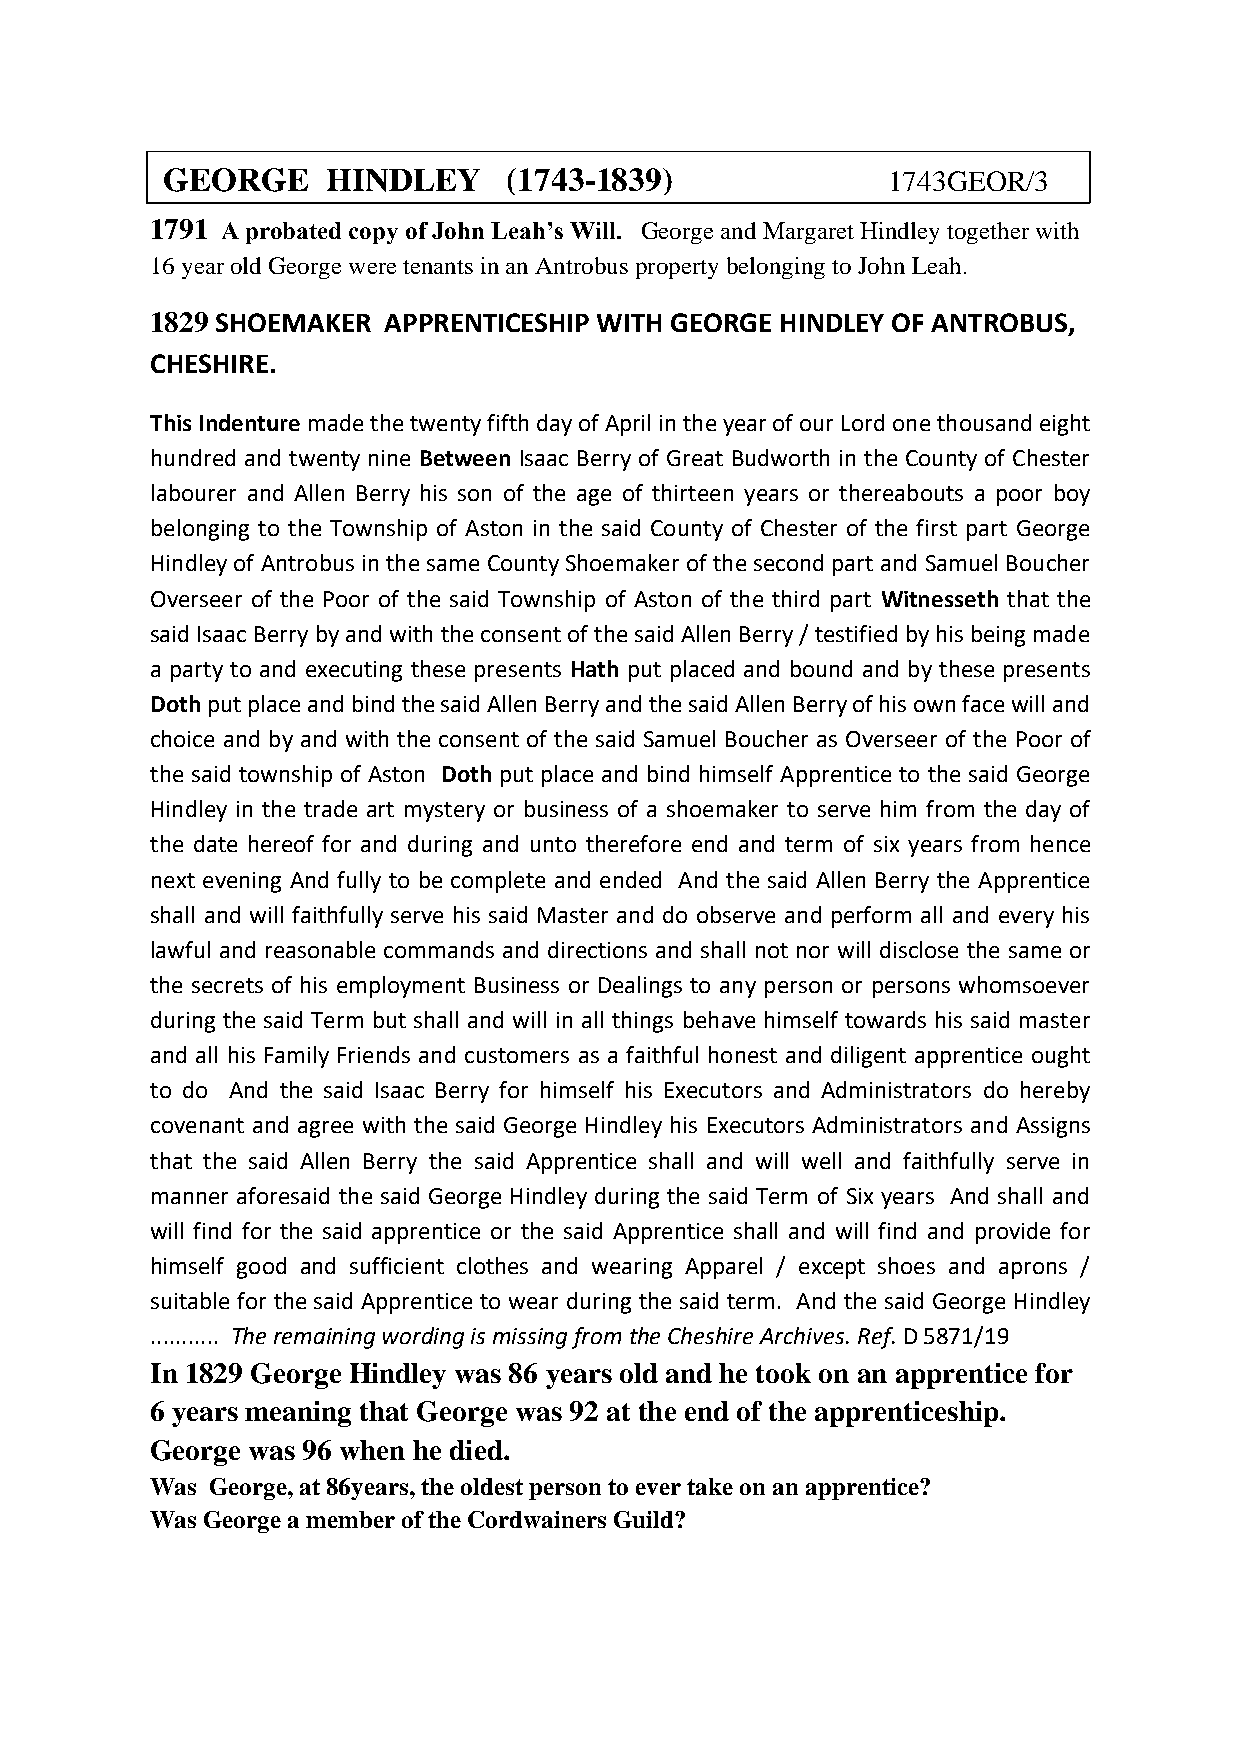
GEORGE     HINDLEY     (1743-1839)              1743GEOR/3
 1791 A probated copy of John Leah’s Will. George and Margaret Hindley together with
 16 year old George were tenants in an Antrobus property belonging to John Leah.
 1829 SHOEMAKER APPRENTICESHIP WITH GEORGE HINDLEY OF ANTROBUS,
 CHESHIRE.
 This Indenture made the twenty fifth day of April in the year of our Lord one thousand eight
 hundred and twenty nine Between Isaac Berry of Great Budworth in the County of Chester
 labourer and Allen Berry his son of the age of thirteen years or thereabouts a poor boy
 belonging to the Township of Aston in the said County of Chester of the first part George
 Hindley of Antrobus in the same County Shoemaker of the second part and Samuel Boucher
 Overseer of the Poor of the said Township of Aston of the third part Witnesseth that the
 said Isaac Berry by and with the consent of the said Allen Berry / testified by his being made
 a party to and executing these presents Hath put placed and bound and by these presents
 Doth put place and bind the said Allen Berry and the said Allen Berry of his own face will and
 choice and by and with the consent of the said Samuel Boucher as Overseer of the Poor of
 the said township of Aston Doth put place and bind himself Apprentice to the said George
 Hindley in the trade art mystery or business of a shoemaker to serve him from the day of
 the date hereof for and during and unto therefore end and term of six years from hence
 next evening And fully to be complete and ended And the said Allen Berry the Apprentice
 shall and will faithfully serve his said Master and do observe and perform all and every his
 lawful and reasonable commands and directions and shall not nor will disclose the same or
 the secrets of his employment Business or Dealings to any person or persons whomsoever
 during the said Term but shall and will in all things behave himself towards his said master
 and all his Family Friends and customers as a faithful honest and diligent apprentice ought
 to do And the said Isaac Berry for himself his Executors and Administrators do hereby
 covenant and agree with the said George Hindley his Executors Administrators and Assigns
 that the said Allen Berry the said Apprentice shall and will well and faithfully serve in
 manner aforesaid the said George Hindley during the said Term of Six years And shall and
 will find for the said apprentice or the said Apprentice shall and will find and provide for
 himself good and sufficient clothes and wearing Apparel / except shoes and aprons /
 suitable for the said Apprentice to wear during the said term. And the said George Hindley
 ........... The remaining wording is missing from the Cheshire Archives. Ref. D 5871/19
 In 1829 George Hindley was 86 years old and he took on an apprentice for
 6 years meaning that George was 92 at the end of the apprenticeship.
 George was 96 when he died.
 Was George, at 86years, the oldest person to ever take on an apprentice?
 Was George a member of the Cordwainers Guild?